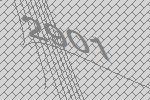
2901